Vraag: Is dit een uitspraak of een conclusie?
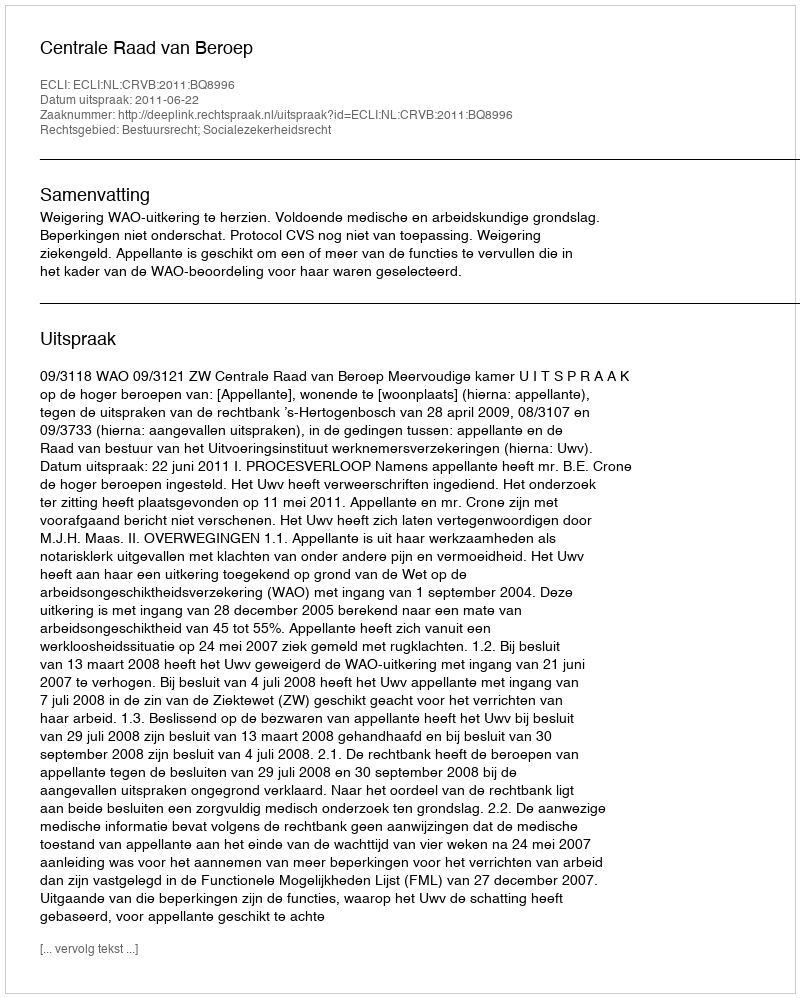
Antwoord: Uitspraak